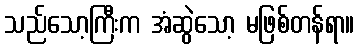
သည်သော့ကြီးက အံဆွဲသော့ မဖြစ်တန်ရာ။